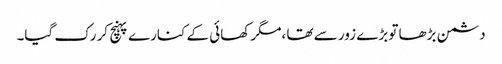
دشمن بڑھا تو بڑے زور سے تھا ،مگر کھائی کے کنارے پہنچ کر رک گیا۔